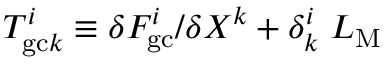
T _ { \mathrm { g c } k } ^ { i } \equiv \delta F _ { \mathrm { g c } } ^ { i } / \delta X ^ { k } + \delta _ { k } ^ { i } \; { \cal L } _ { \mathrm { M } }